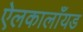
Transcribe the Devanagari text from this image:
ऐलकालाँयड